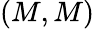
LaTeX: (M,M)